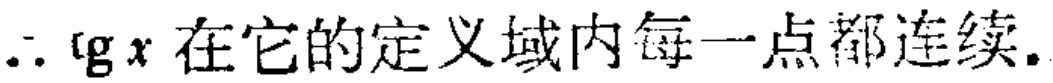
$\therefore \text{lg}x\text{ 在它的定义域内每一点都连续.}$